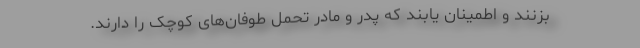
بزنند و اطمینان یابند که پدر و مادر تحمل طوفان‌های کوچک را دارند.